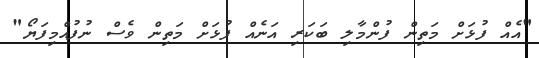
"އެއް ފުޅަށް މަތިން ފުންމާލި ބަކަރި އަނެއް ފުޅަށް މަތިން ވެސް ނުފުއްމިފަޔޯ"